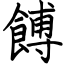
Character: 餺